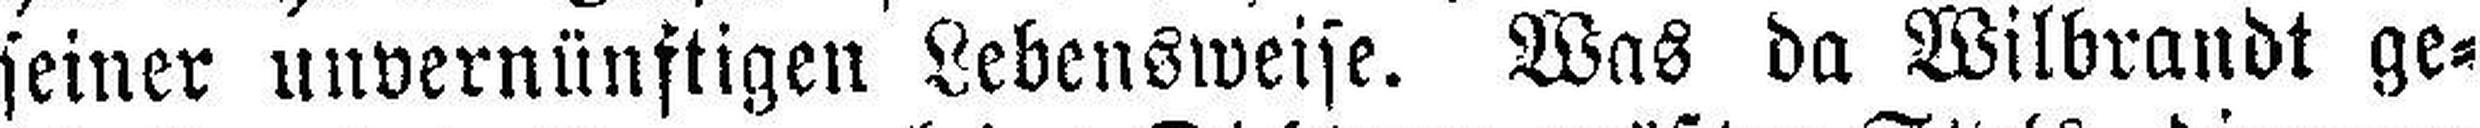
seiner unvernünftigen Lebensweise. Was da Wilbrandt ge¬